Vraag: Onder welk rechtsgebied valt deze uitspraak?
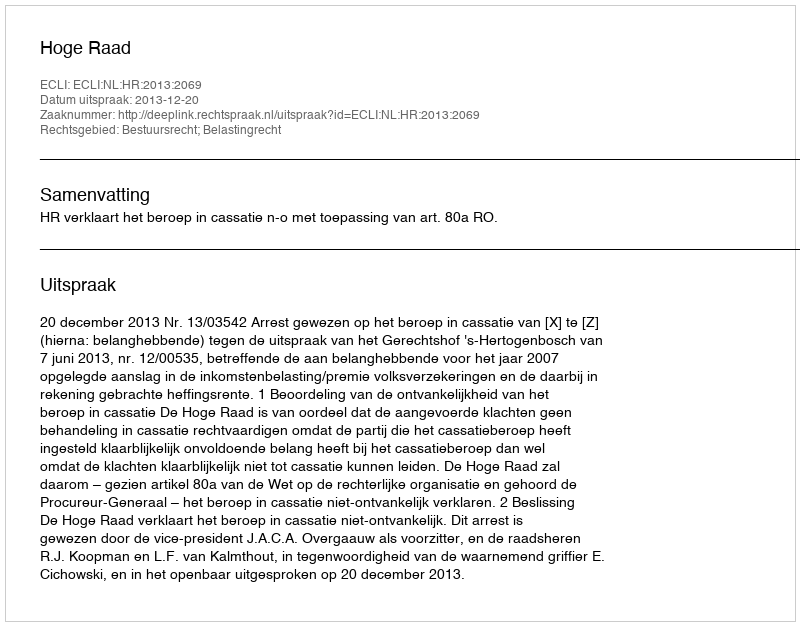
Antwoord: Bestuursrecht; Belastingrecht